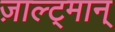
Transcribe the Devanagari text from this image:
ज़ाल्ट्मान्